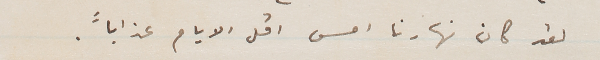
لقد كان نهارنا امس اقل الايام عذاباً.